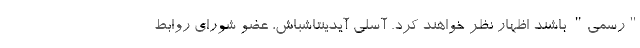
"رسمی" باشند اظهار نظر خواهند کرد. آسلی آیدینتاشباش، عضو شورای روابط